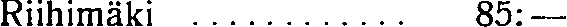
Riihimäki ............ 85:—